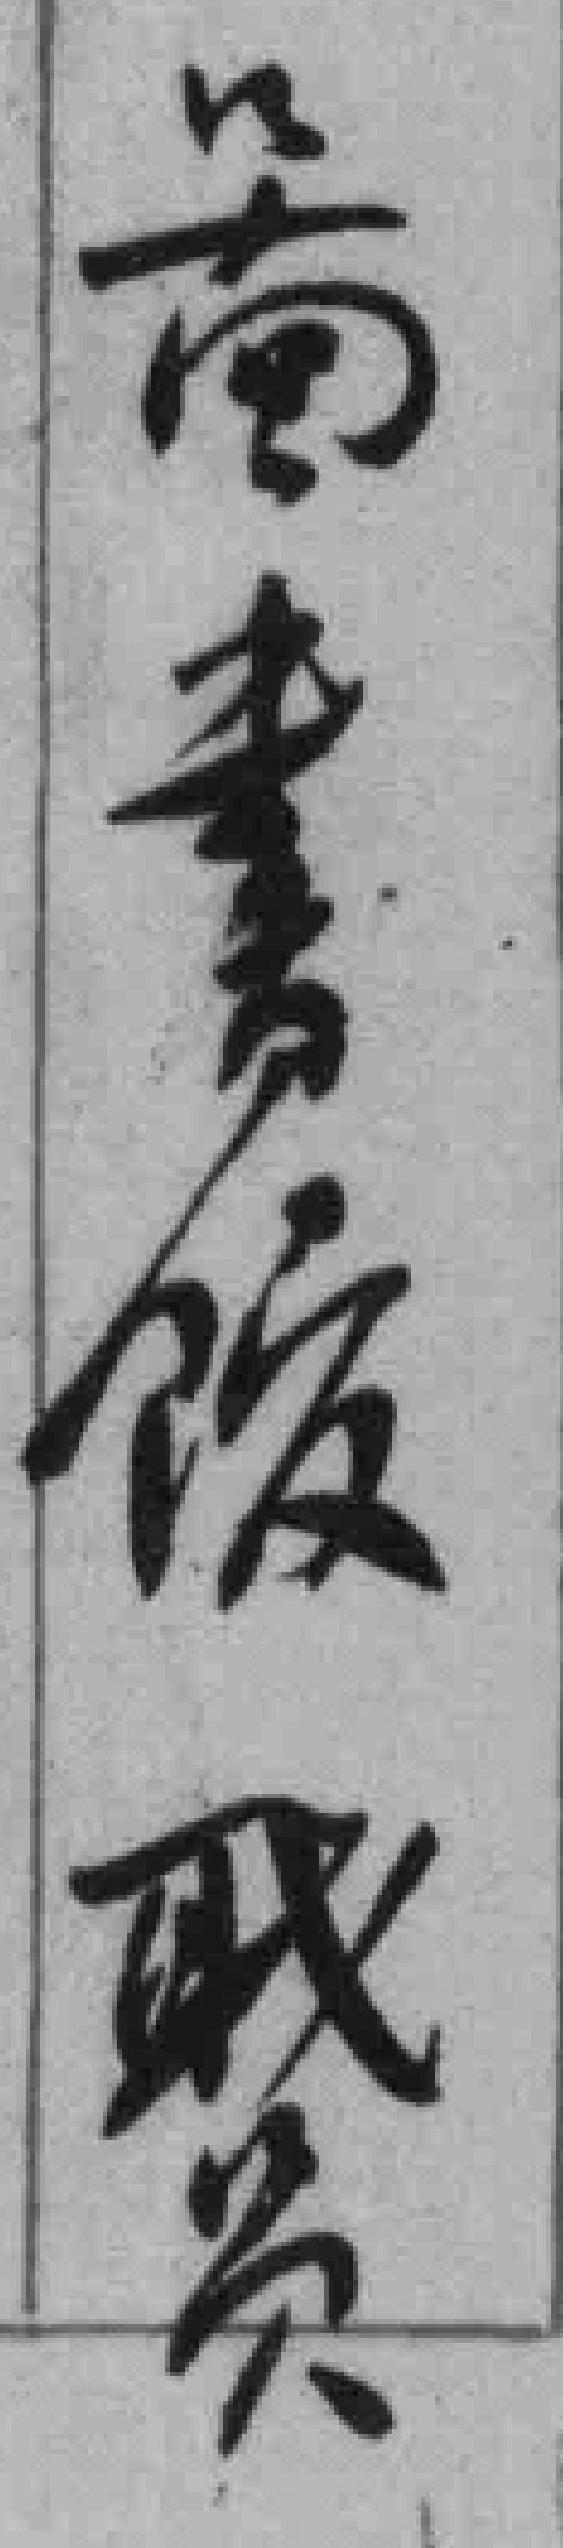
啚書馆職员